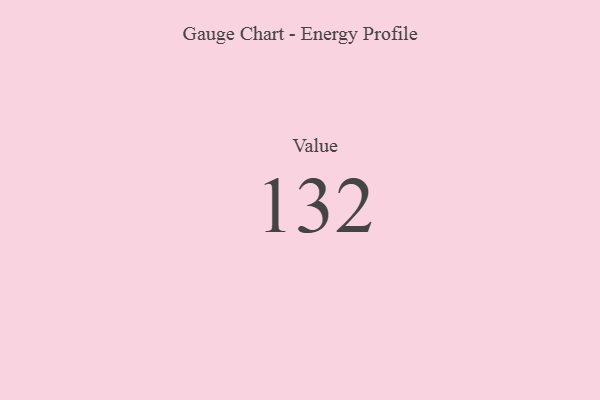
{"axis": {"x": "Metric", "y": "Value"}, "legend": [""], "data": [{"x": "Value", "y": 132, "type": ""}]}